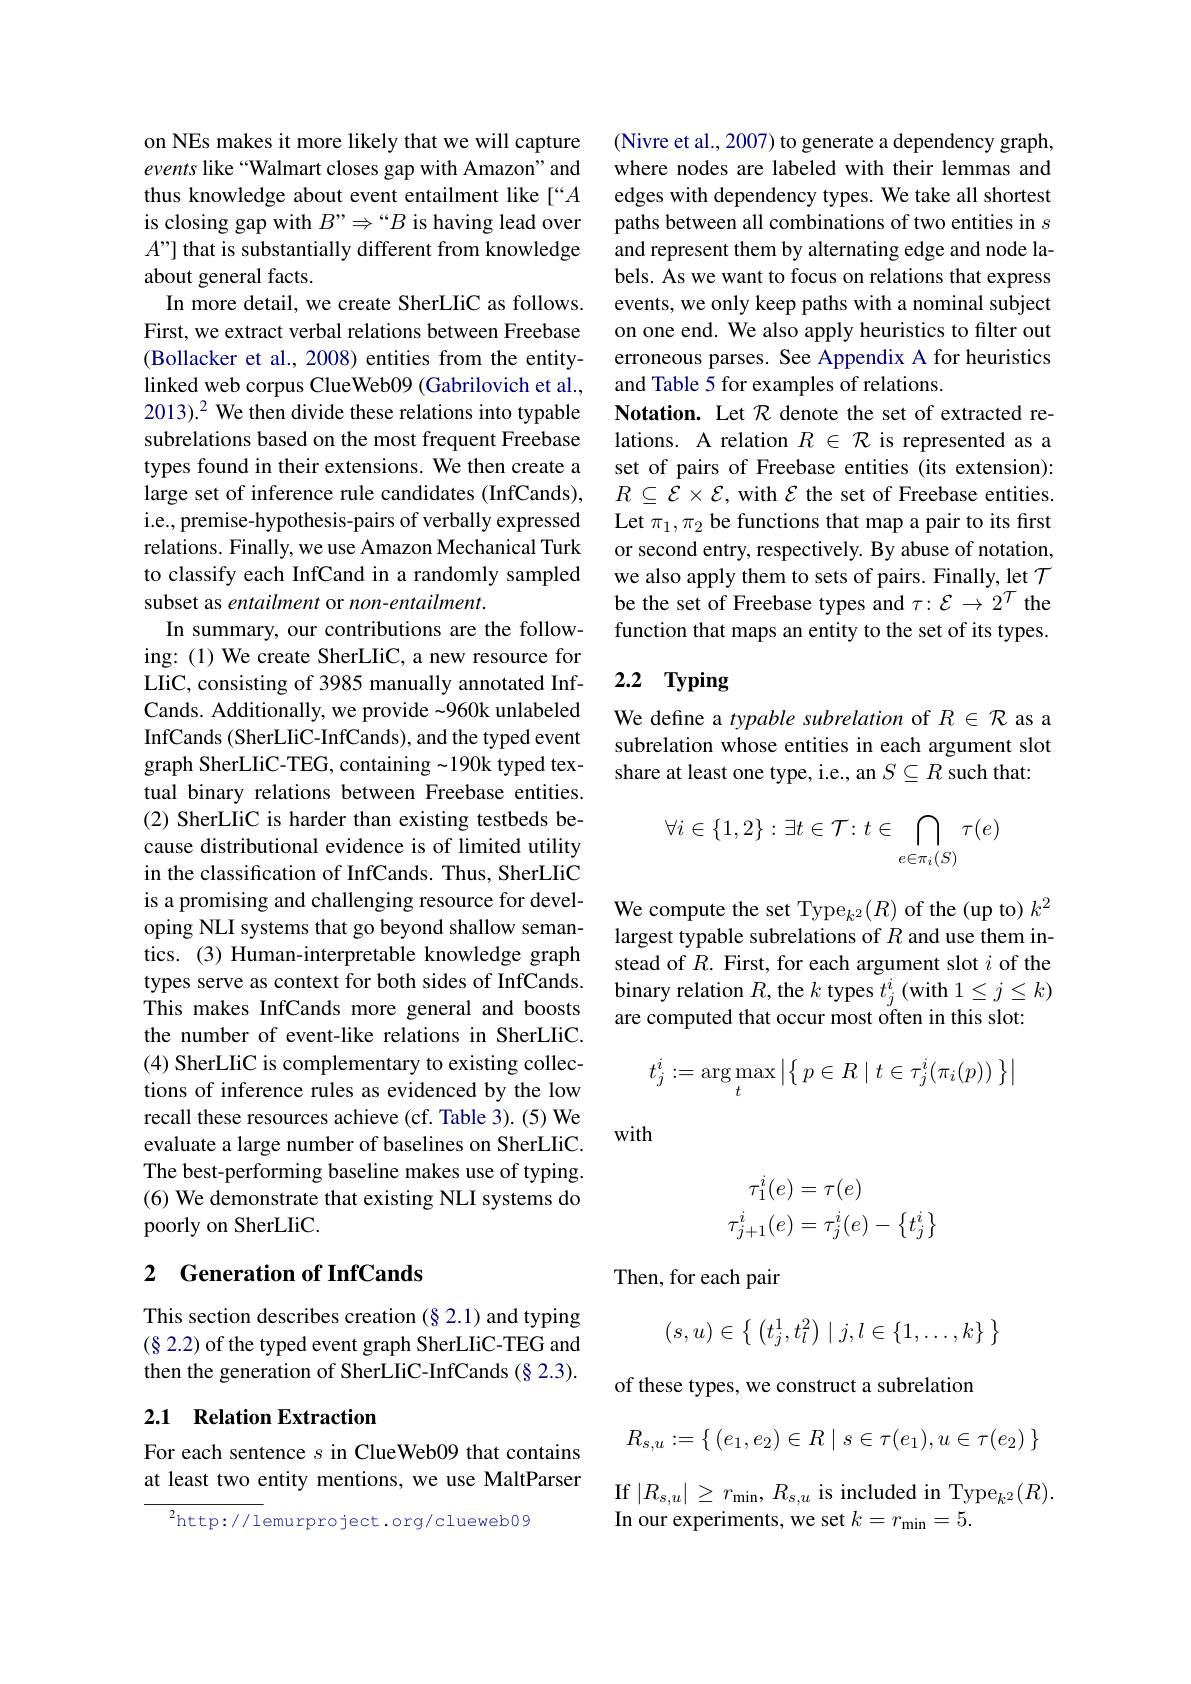
on NEs makes it more likely that we will capture events like “Walmart closes gap with Amazon" and thus knowledge about event entailment like [“A is closing gap with $B”\Rightarrow“B$ is having lead over $A’”]$ that is substantially different from knowledge about general facts.
In more detail, we create SherLIiC as follows. First, we extract verbal relations between Freebase (Bollacker et al., 2008) entities from the entitylinked web corpus ClueWeb09 (Gabrilovich et al., $2013).^2 We then divide these relations into typable$ subrelations based on the most frequent Freebase types found in their extensions. We then create a large set of inference rule candidates (InfCands), i.e., premise-hypothesis-pairs of verbally expressed relations. Finally, we use Amazon Mechanical Turk to classify each InfCand in a randomly sampled subset as entailment or non-entailment.
In summary, our contributions are the following: (1) We create SherLIiC, a new resource for LIiC, consisting of 3985 manually annotated InfCands. Additionally, we provide -960k unlabeled InfCands (SherLIiC-InfCands), and the typed event graph SherLIiC-TEG, containing~190k typed textual binary relations between Freebase entities. (2) SherLIiC is harder than existing testbeds because distributional evidence is of limited utility in the classification of InfCands. Thus, SherLIiC is a promising and challenging resource for developing NLI systems that go beyond shallow semantics. (3) Human-interpretable knowledge graph types serve as context for both sides of InfCands. This makes InfCands more general and boosts the number of event-like relations in SherLIiC. (4) SherLIiC is complementary to existing collections of inference rules as evidenced by the low recall these resources achieve (cf. Table 3). (5) We evaluate a large number of baselines on SherLIiC. The best-performing baseline makes use of typing. (6) We demonstrate that existing NLI systems do poorly on SherLIiC.

## 2 $\textbf{Generation of InfCands}$

This section describes creation (§2.1) and typing (§ 2.2) of the typed event graph SherLIiC-TEG and then the generation of SherLIiC-InfCands (§ 2.3).

## 2.1 Relation Extraction

For each sentence $s$ in ClueWeb09 that contains at least two entity mentions, we use MaltParser

$^{2}$http://lemurproject.org/clueweb09

(Nivre et al., 2007) to generate a dependency graph, where nodes are labeled with their lemmas and edges with dependency types. We take all shortest paths between all combinations of two entities in $s$ and represent them by alternating edge and node labels. As we want to focus on relations that express events, we only keep paths with a nominal subject on one end. We also apply heuristics to filter out erroneous parses. See Appendix A for heuristics and Table 5 for examples of relations.
Notation. Let $\mathcal{R}$ denote the set of extracted relations. A relation $R\in\mathcal{R}$ is represented as a set of pairs of Freebase entities (its extension): $R\subseteq\mathcal{E}\times\mathcal{E}$, with $\mathcal{E}$ the set of Freebase entities. Let $\pi_1,\pi_2$ be functions that map a pair to its first or second entry, respectively. By abuse of notation, we also apply them to sets of pairs. Finally, let $\mathcal{T}$ be the set of Freebase types and $\tau:\mathcal{E}\to2^T$ the function that maps an entity to the set of its types.

# 2.2 Typing

We define a typable subrelation of $R\in\mathcal{R}$ as a subrelation whose entities in each argument slot share at least one type, i.e., an $S\subseteq R$ such that:
$$\forall i\in\{1,2\}:\exists t\in\mathcal T\colon t\in\bigcap\limits_{e\in\pi_i(S)}\tau(e)$$
We compute the set Type$_{k^2}(R)$ of the (up to) $k^2$ largest typable subrelations of $R$ and use them instead of $R.$ First, for each argument slot $i$ of the binary relation $R$, the $k$ types $t_j^i$ (with $1\leq j\leq k)$ are computed that occur most often in this slot:
$$t_j^i:=\arg\max\limits_t\big|\big\{\:p\in R\mid t\in\tau_j^i(\pi_i(p))\:\big\}\big|$$
with
$$\begin{aligned}\tau_1^i(e)&=\tau(e)\\\tau_{j+1}^i(e)&=\tau_j^i(e)-\left\{t_j^i\right\}\end{aligned}$$
Then, for each pair
$$(s,u)\in\left\{\begin{array}{c}\left(t_j^1,t_l^2\right)\mid j,l\in\{1,\dots,k\}\end{array}\right\}$$
of these types, we construct a subrelation
$$R_{s,u}:=\{\:(e_1,e_2)\in R\mid s\in\tau(e_1),u\in\tau(e_2)\:\}$$
$\operatorname*{If}\left|R_{s,u}\right|\geq r_{\mathrm{min}},R_{\mathrm{s},u}$ is included in Type$_k^2(R).$
In our experiments, we set $k=r_\mathrm{min}=5.$